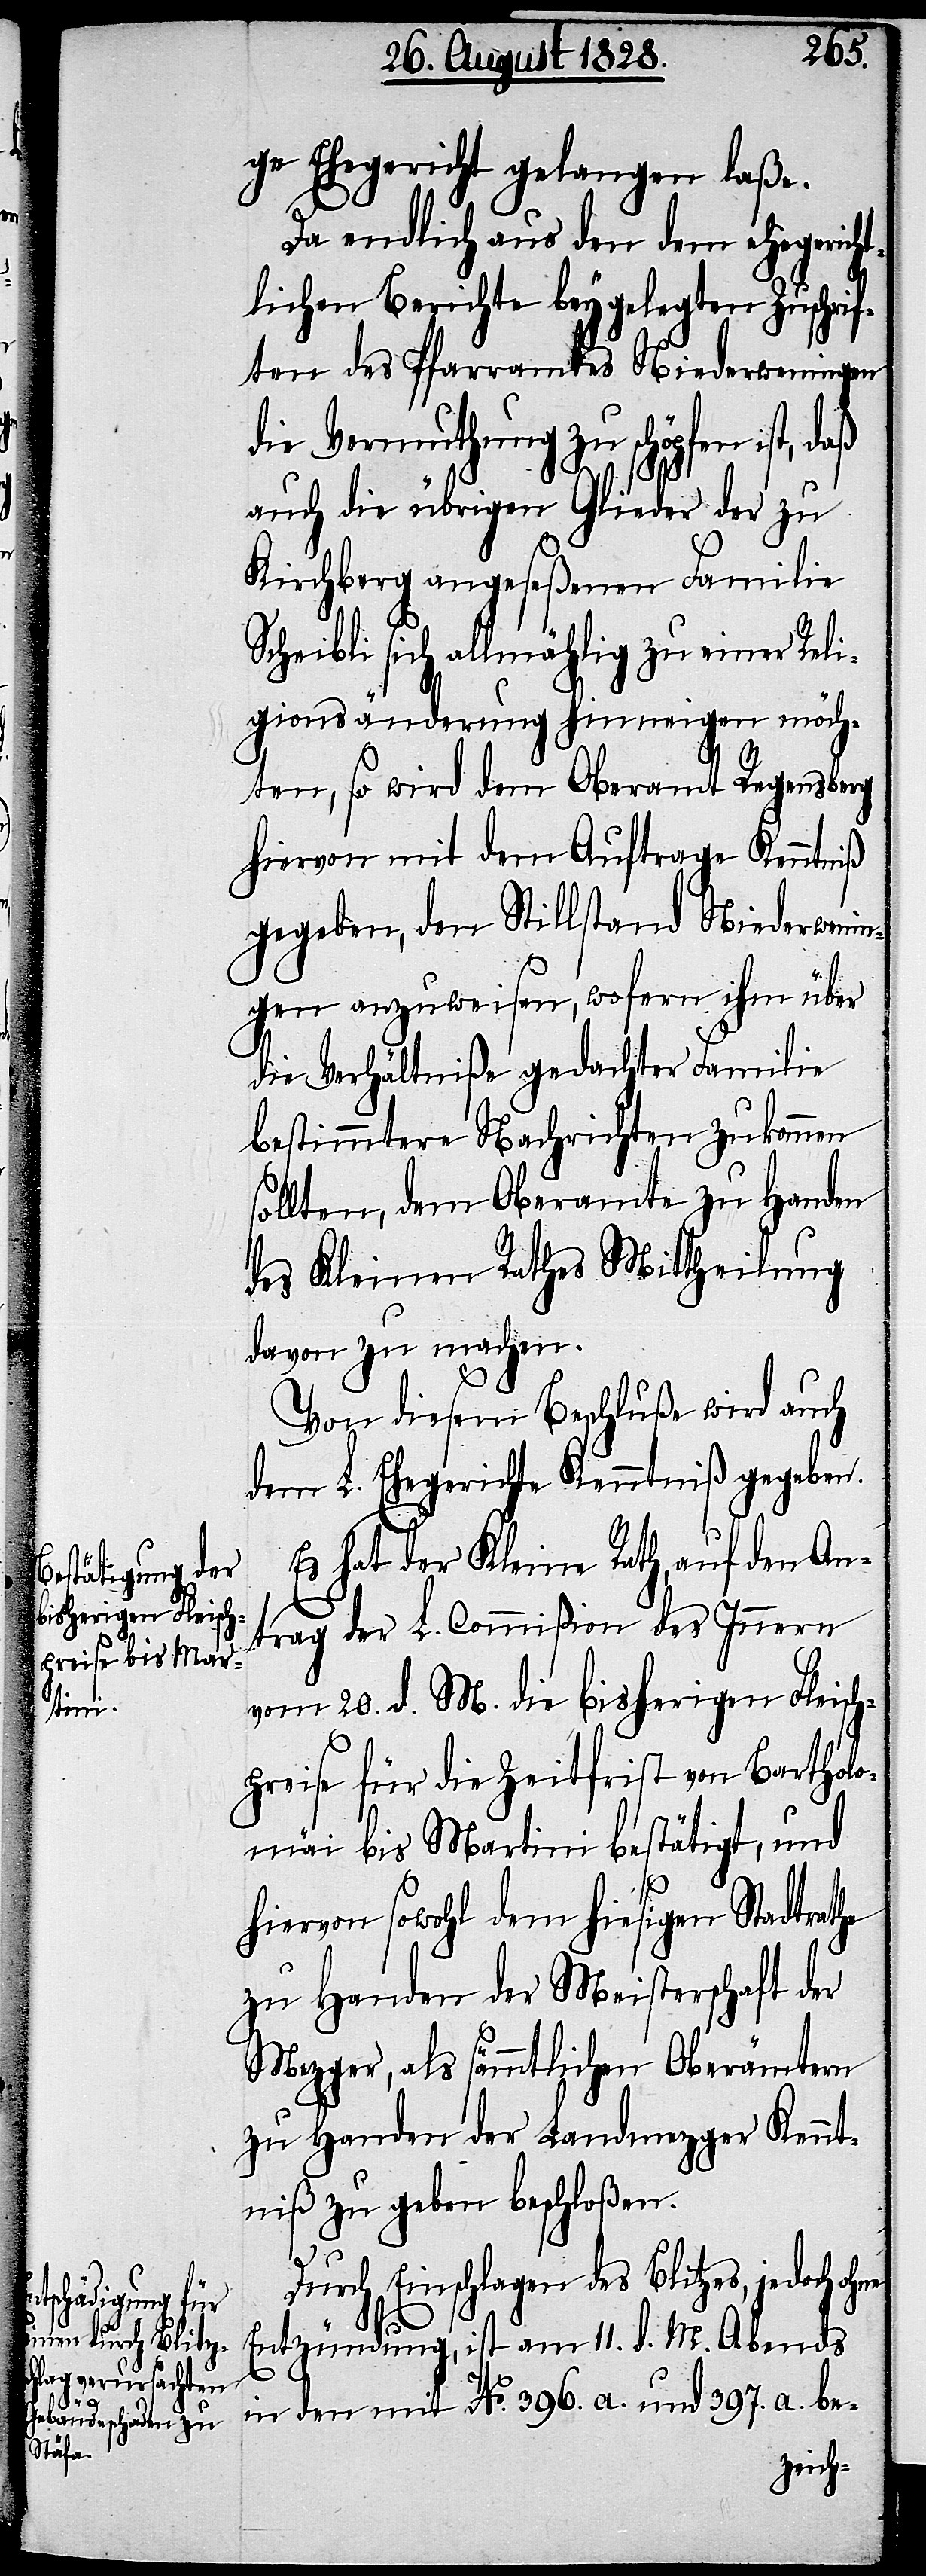
ge Ehegericht gelangen laße.
Da endlich aus den dem ehegericht¬
lichen Berichte beygelegten Zuschrif¬
ten des Pfarramtes Niederweningen
die Vermuthung zu schöpfen ist,
auch die übrigen Glieder der zu
Kirchberg angeseßenen Familie
Scheibli sich allmählig zu einer Reli¬
gionsänderung hinneigen möch¬
ten, so wird dem Oberamt Regensberg
hiervon mit dem Auftrage Kenntniß
gegeben, den Stillstand Niederwenin¬
gen anzuweisen, wofern ihm über
die Verhältniße gedachter Familie
bestimmtere Nachrichten zu kommen
sollten, dem Oberamte zu Handen
des Kleinen Rathes Mittheilung
davon zu machen.
Von diesem Beschluße wird auch
dem L. Ehegerichte Kenntniß gegeben.
Es hat der Kleine Rath, auf den An¬
trag der Commißion des Innern
vom 20. d. M. die bisherigen Fleisch¬
preise für die Zeitfrist von Bartholo¬
mäi bis Martini bestätigt, und
hiervon sowohl dem hiesigen Stadtrathe
zu Handen der Meisterschaft der
Mezger, als sämtlichen Oberämtern
zu Handen der Landmezger Kennt¬
niß zu geben beschloßen.
Durch Einschlagen des Blitzes, jedoch
Entzündung, ist am 11. d. M. Abends
in den mit No. 396. a. und 397. a. be-